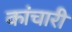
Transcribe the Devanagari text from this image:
कांचारी